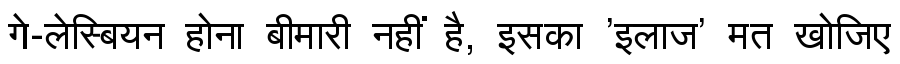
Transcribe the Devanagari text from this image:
गे-लेस्बियन होना बीमारी नहीं है, इसका 'इलाज' मत खोजिए